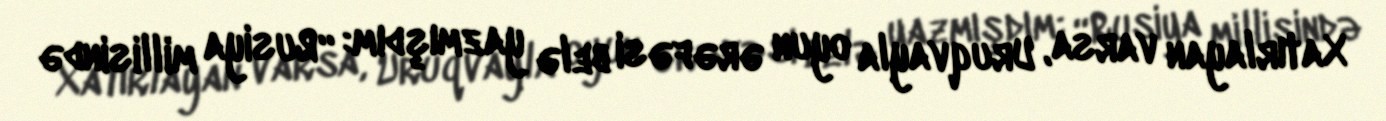
Xatırlayan varsa, Uruqvayla oyun ərəfəsi belə yazmışdım: “Rusiya millisində